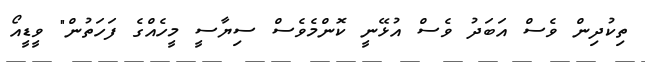
ތިކުދިން ވެސް އަބަދު ވެސް އުޅޭނީ ކޮންމެވެސް ސިޔާސީ މީހެއްގެ ފަހަތުން" ވީޑީއޯ